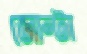
জোন্টা